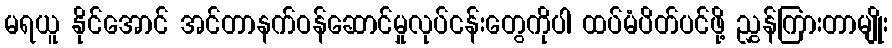
မရယူ နိုင်အောင် အင်တာနက်ဝန်ဆောင်မှုလုပ်ငန်းတွေကိုပါ ထပ်မံပိတ်ပင်ဖို့ ညွှန်ကြားတာမျိုး